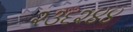
૨૩૬૨૪૪